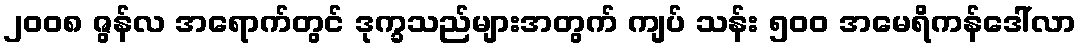
၂၀၀၈ ဇွန်လ အရောက်တွင် ဒုက္ခသည်များအတွက် ကျပ် သန်း ၅၀၀ အမေရိကန်ဒေါ်လာ